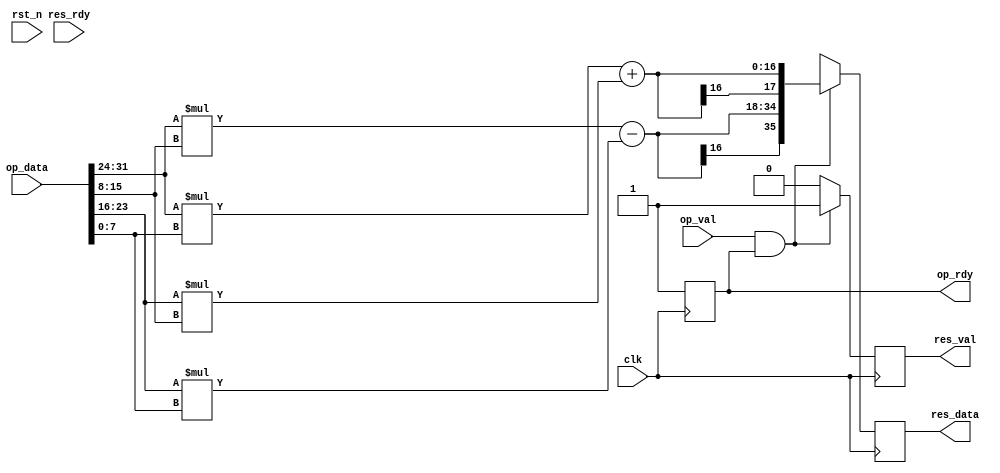
//---------------------------------------------------------------------------------------
// Project     : Complex numbers multiplier
// Module Name : comp_mult_ref_model
//---------------------------------------------------------------------------------------
// Description : Multiplies 2 complex number.
//               operands and result on valid/ready interface
//---------------------------------------------------------------------------------------
// Modification history :
// Mar 2, 2021 (DN): Initial 
//---------------------------------------------------------------------------------------

module comp_mult_ref_model (
input                        clk       , // Semnal de ceas.
input                        rst_n     , // Reset asincron activ n 0. 
// Interfata cu operatorii   
input                        op_val    , // Operanzi valizi.
output reg                   op_rdy    , // Este permis primirea operanzilor.
input      [2 * 2 * 8 - 1:0] op_data   , // Operanzi (x1, y1, x2, y2).
// Interfata cu rezultatul   
output reg                   res_val   , // Rezultat valid.
input                        res_rdy   , // Este acceptat rezultatul.
output reg [2 * 18    - 1:0] res_data    // Rezultatul (xr, yr)
);

wire signed [8  - 1:0] x1, y1, x2, y2 ;
wire signed [18 - 1:0] re;
wire signed [18 - 1:0] im;
assign {x1, y1, x2, y2} = op_data;
assign re = x1 * x2 - y1 * y2;
assign im = x1 * y2 + y1 * x2;
  
always @(posedge clk)
op_rdy <= 1'b1;

always @(posedge clk)
if (op_val & op_rdy) begin
  res_val <= 1'b1;
  res_data <= {re, im};
end
else begin
  res_val <= 1'b0;
  res_data <= 'bx;
end

endmodule // comp_mult_ref_model